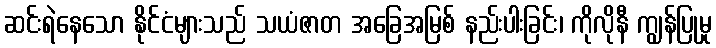
ဆင်းရဲနေသော နိုင်ငံများသည် သယံဇာတ အခြေအမြစ် နည်းပါးခြင်း၊ ကိုလိုနီ ကျွန်ပြုမှု